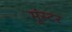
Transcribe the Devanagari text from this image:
मूंस्टर